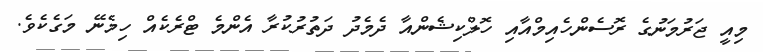
މިއީ ޖަރުމަނުގެ ރޮސެންހެއިމްއާއި ހޮލްކިޝެންއާ ދެމެދު ދަތުރުކުރާ އެންމެ ޓްރެކެއް ހިމެނޭ މަގެކެވެ.